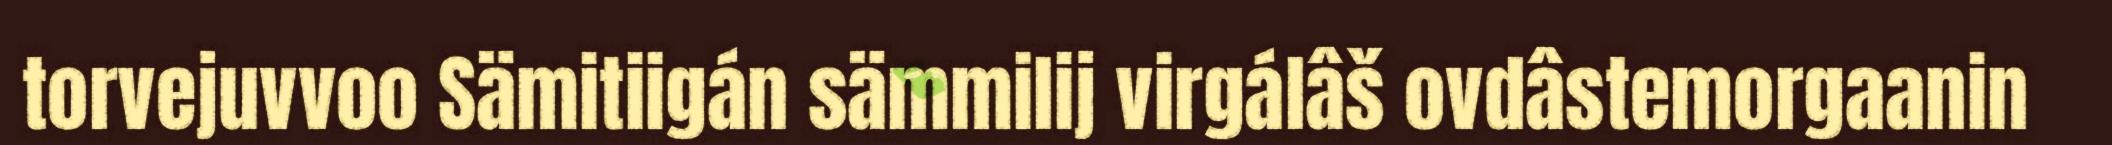
torvejuvvoo Sämitiigán sämmilij virgálâš ovdâstemorgaanin